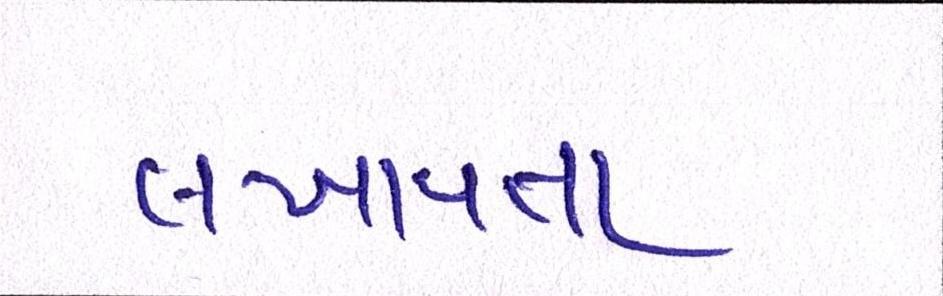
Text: લખાવતા